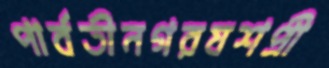
পার্বতীনগরযশপ্রী